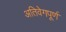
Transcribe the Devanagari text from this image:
अतिवेगपूर्ण